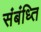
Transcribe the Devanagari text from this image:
संबंध्ति